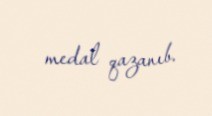
medal qazanıb.